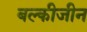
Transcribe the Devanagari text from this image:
बल्कीजीन